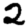
Digit: 2